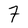
Character: 7